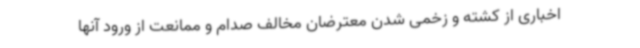
اخباری از کشته و زخمی شدن معترضان مخالف صدام و ممانعت از ورود آنها